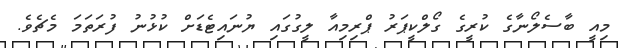
މިއީ ބާސެލޯނާގެ ކުރީގެ ގޯލްކީޕަރު ޕްރިމިއާ ލީގުގައި ޔުނައިޓެޑަށް ކުޅުނު ފުރަތަމަ މެޗެވެ.